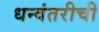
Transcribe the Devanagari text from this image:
धन्वंतरीची